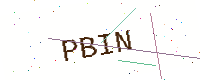
Text: PBIN